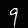
Digit: 9